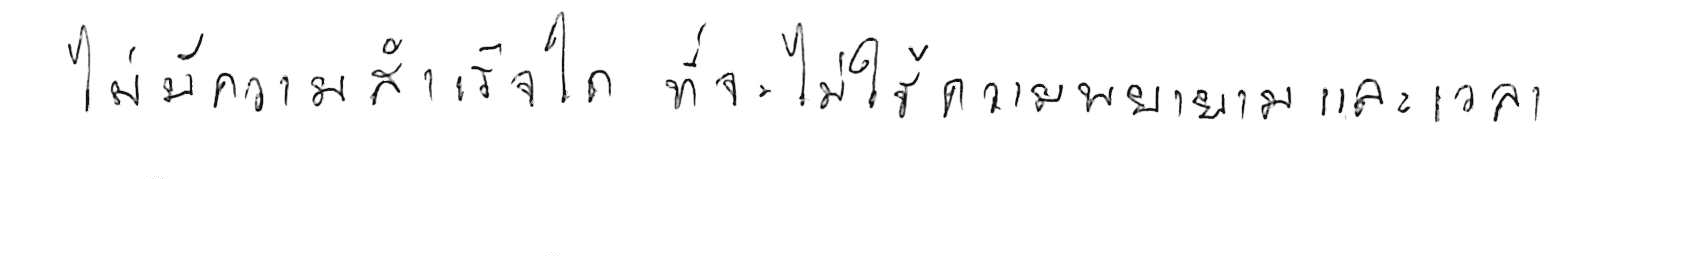
ไม่มีความสำเร็จใด ที่จะไม่ใช้ความพยายามและเวลา